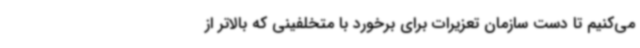
می‌کنیم تا دست سازمان تعزیرات برای برخورد با متخلفینی که بالاتر از